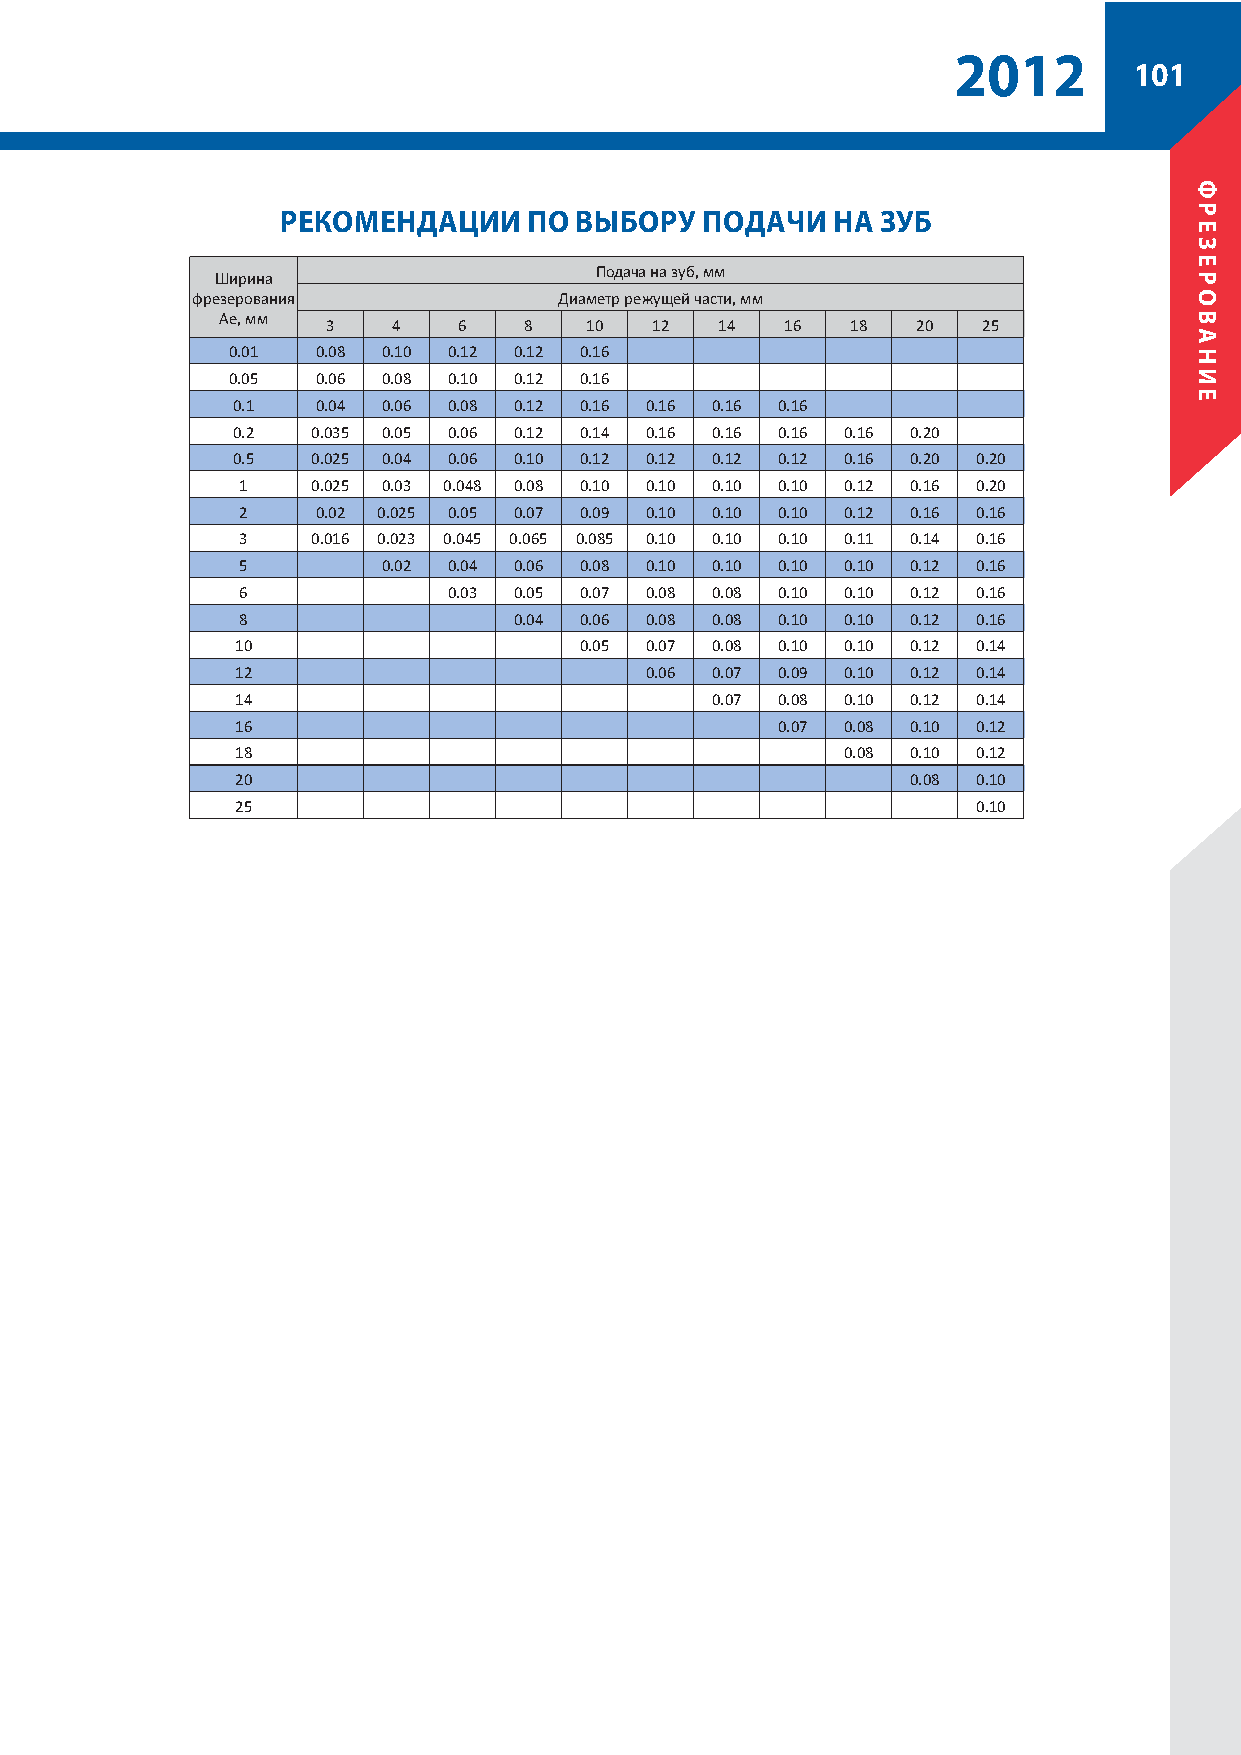
2012
 101
 РЕКОМЕНДАЦИИ    ПО ВЫБОРУ  ПОДАЧИ   НА ЗУБ
 Подача на зуб, мм
 Ширина
 фрезерования            Диаметр режущей части, мм
 Ae, мм
 3   4   6    8   10  12   14  16  18   20  25
 0.01  0.08 0.10 0.12 0.12 0.16
 0.05  0.06 0.08 0.10 0.12 0.16
 0.1   0.04 0.06 0.08 0.12 0.16 0.16 0.16 0.16
 0.2   0.035 0.05 0.06 0.12 0.14 0.16 0.16 0.16 0.16 0.20
 0.5   0.025 0.04 0.06 0.10 0.12 0.12 0.12 0.12 0.16 0.20 0.20
 1    0.025 0.03 0.048 0.08 0.10 0.10 0.10 0.10 0.12 0.16 0.20
 2    0.02 0.025 0.05 0.07 0.09 0.10 0.10 0.10 0.12 0.16 0.16
 3    0.016 0.023 0.045 0.065 0.085 0.10 0.10 0.10 0.11 0.14 0.16
 5        0.02 0.04 0.06 0.08 0.10 0.10 0.10 0.10 0.12 0.16
 6             0.03 0.05 0.07 0.08 0.08 0.10 0.10 0.12 0.16
 8                 0.04 0.06 0.08 0.08 0.10 0.10 0.12 0.16
 10                    0.05 0.07 0.08 0.10 0.10 0.12 0.14
 12                         0.06 0.07 0.09 0.10 0.12 0.14
 14                             0.07 0.08 0.10 0.12 0.14
 16                                 0.07 0.08 0.10 0.12
 18                                      0.08 0.10 0.12
 20                                          0.08 0.10
 25                                               0.10
 ФРЕЗЕРОВАНИЕ